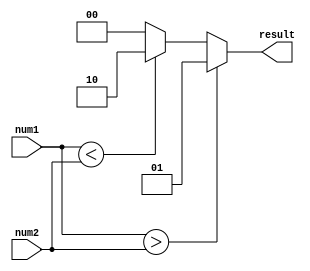
module fixed_point_comparator (
    input signed [15:0] num1,
    input signed [15:0] num2,
    output reg [1:0] result // 00 for equal, 01 for greater than, 10 for less than
);

always @* begin
    if (num1 > num2) begin
        result = 2'b01; // num1 is greater than num2
    end else if (num1 < num2) begin
        result = 2'b10; // num1 is less than num2
    end else begin
        result = 2'b00; // num1 is equal to num2
    end
end

endmodule